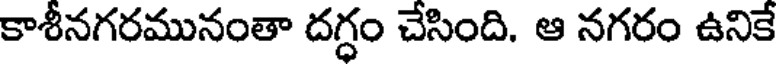
కాశీనగరమునంతా దగ్ధం చేసింది. ఆ నగరం ఉనికే